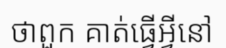
ថាពួក គាត់ធ្វើអ្វីនៅ